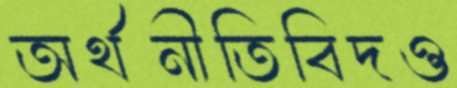
অর্থনীতিবিদও